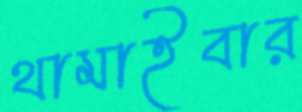
থামাইবার